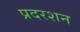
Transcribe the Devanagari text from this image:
प्रदरशन